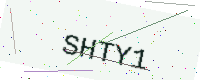
Text: SHTY1